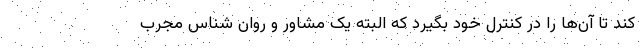
کند تا آن‌ها را در کنترل خود بگیرد که البته یک مشاور و روان شناس مجرب